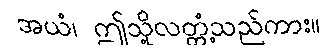
အယံ၊ ဤသို့လတ္တံ့သည်ကား။